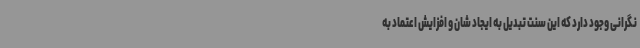
نگرانی وجود دارد که این سنت تبدیل به ایجاد شان و افزایش اعتماد به